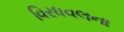
વિરધવલના